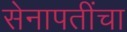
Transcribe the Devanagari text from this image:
सेनापतींचा